Indian journal of veterinary science and animal husbandry - Volume 5,
Year: 1935
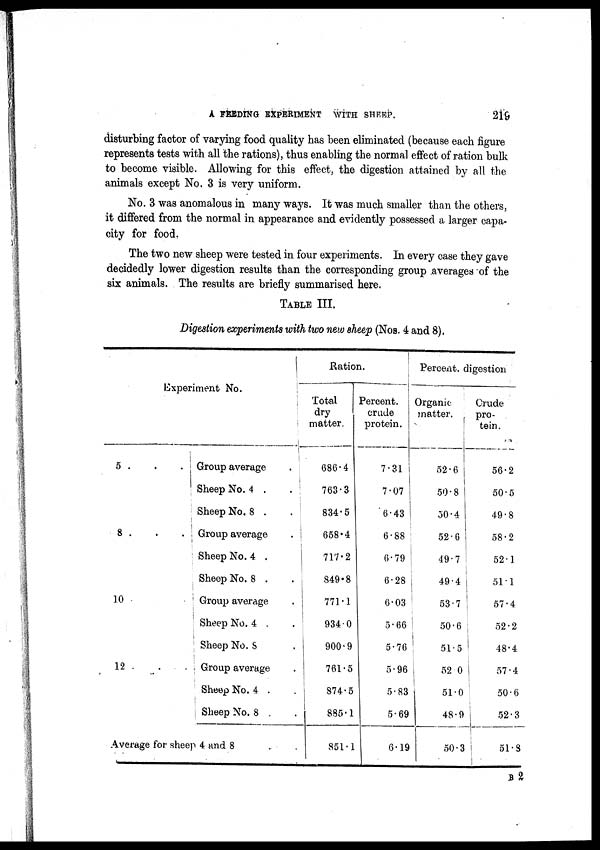
A FEEDING EXPERIMENT WITH SHEEP.
219
disturbing factor of varying food quality has been eliminated (because each figure
represents tests with all the rations), thus enabling the normal effect of ration bulk
to become visible. Allowing for this effect, the digestion attained by all the
animals except No. 3 is very uniform.
No. 3 was anomalous in many ways. It was much smaller than the others,
it differed from the normal in appearance and evidently possessed a larger capa-
city for food.
The two new sheep were tested in four experiments. In every case they gave
decidedly lower digestion results than the corresponding group averages of the
six animals. The results are briefly summarised here.
TABLE III.
Digestion experiments with two new sheep (Nos. 4 and 8).
Experiment No.
5 . . .
8 . . .
10
12 . .
Group average .
Sheep No. 4 . .
Sheep No. 8 . .
Group average
.
Sheep No. 4 .
Sheep No. 8 .
Group average
.
Sheep No. 4
.
.
Sheep No. 8
Group average
.
Sheep No. 4 .
.
Sheep No. 8 .
Average for sheep 4 and 8
Ration.
Total
dry
matter.
686.4
763.3
834.5
658.4
717.2
849.8
771.1
934.0
900.9
761.5
874.5
885.1
851.1
Percent.
crude
protein.
7.31
7.07
6.43
6.88
6.79
6.28
6.03
5.66
5.76
5.96
5.83
5.69
6.19
Percent. digestion
Organic
matter.
52.6
50.8
50.4
52.6
49.7
49.4
53.7
50.6
51.5
52 .0
51.0
48.9
50.3
Crude
pro-
tein.
56.2
50.5
49.8
58.2
52.1
51.1
57.4
52.2
48.4
57.4
50.6
52.3
51.8
B 2